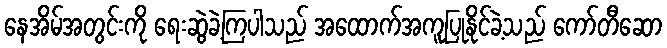
နေအိမ်အတွင်းကို ရေးဆွဲခဲ့ကြပါသည် အထောက်အကူပြုနိုင်ခဲ့သည် ကော်တီဆော